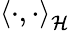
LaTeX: \left\langle\cdot,\cdot\right\rangle_{\cal{H}}